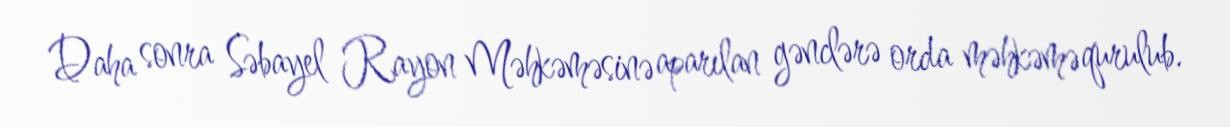
Daha sonra Səbayel Rayon Məhkəməsinə aparılan gənclərə orda məhkəmə qurulub.